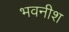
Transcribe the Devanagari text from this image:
भवनीश